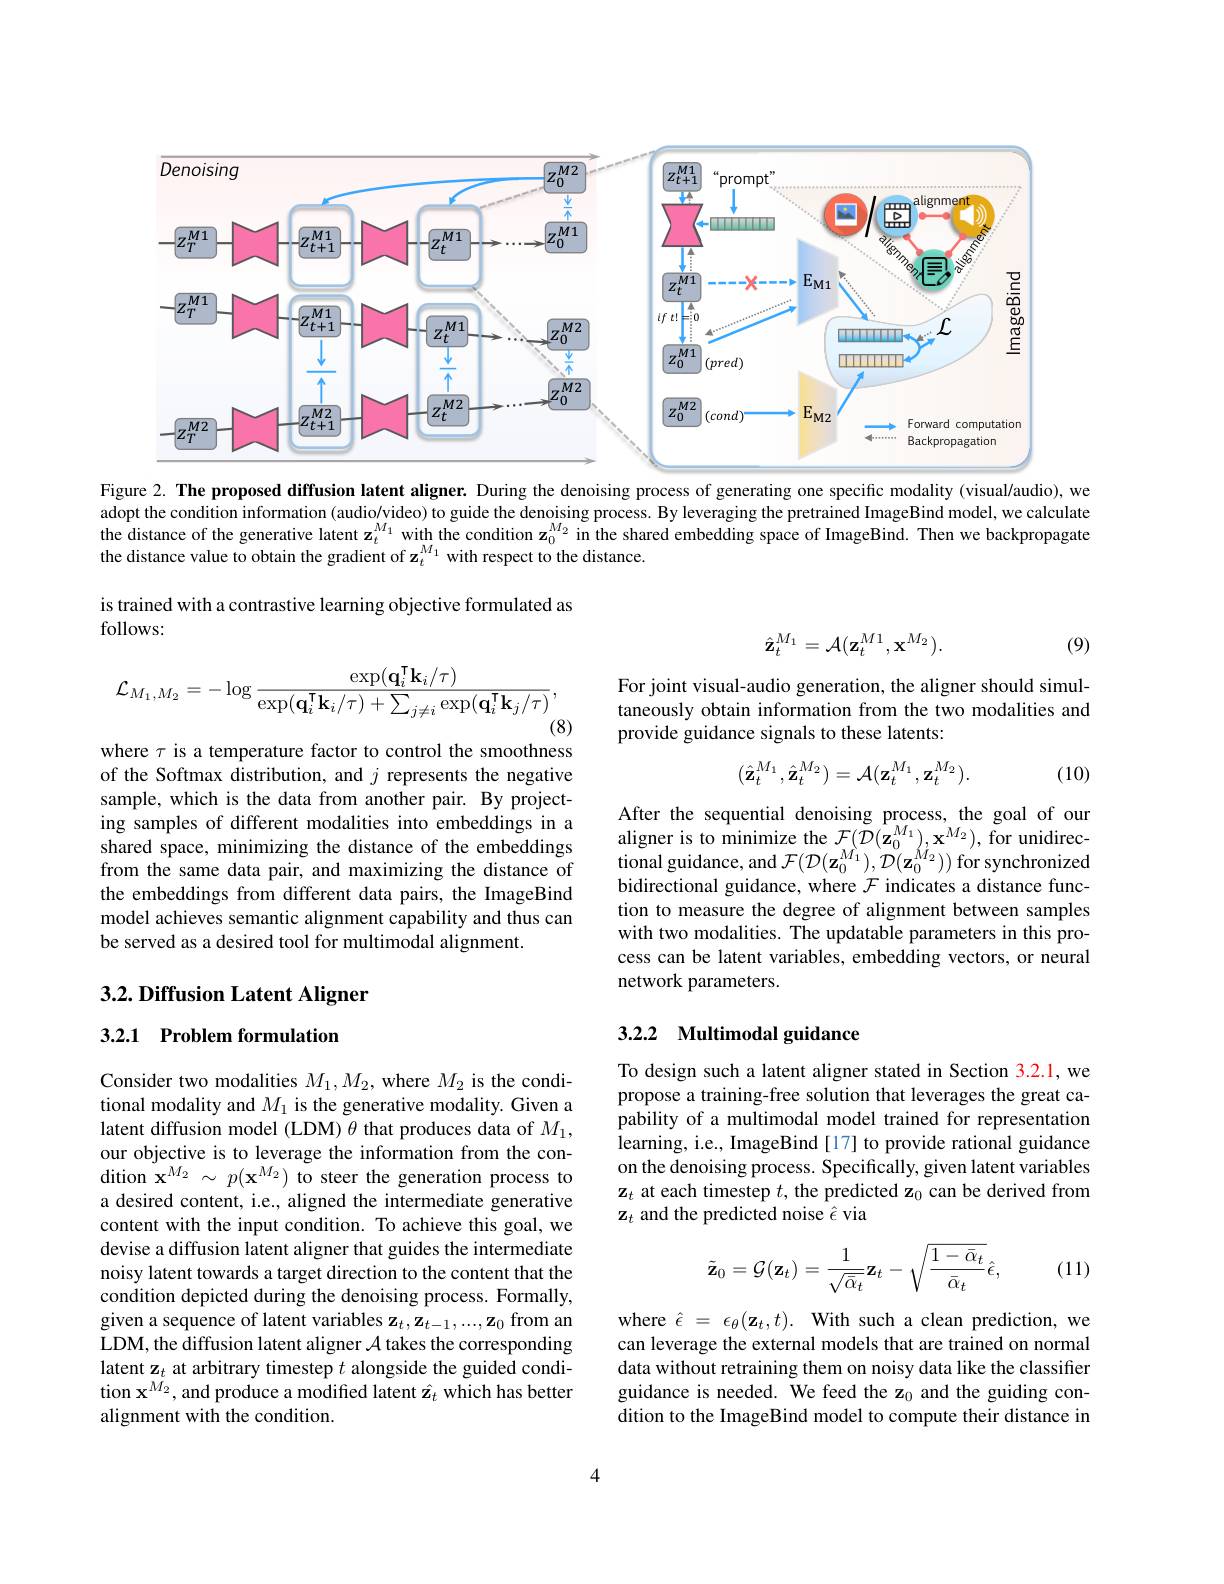
<FigureHere>

Figure 2. The proposed diffusion latent aligner. During the denoising process of generating one specific modality (visual/audio), we adopt the condition information (audio/video) to guide the denoising process. By leveraging the pretrained ImageBind model, we calculate the distance of the generative latent $\mathbf{z}_t^{M_1}$ with the condition $\mathbf{z}_0^{M_2}$ in the shared embedding space of ImageBind. Then we backpropagate the distance value to obtain the gradient of z$_t^{M_1}$ with respect to the distance

is trained with a contrastive learning objective formulated as
follows:
$$\hat{\mathbf{z}}_t^{M_1}=\mathcal{A}(\mathbf{z}_t^{M1},\mathbf{x}^{M_2}).$$
(9)
$$\mathcal{L}_{M_1,M_2}=-\log\frac{\exp(\mathbf{q}_i^\mathsf{T}\mathbf{k}_i/\tau)}{\exp(\mathbf{q}_i^\mathsf{T}\mathbf{k}_i/\tau)+\sum_{j\neq i}\exp(\mathbf{q}_i^\mathsf{T}\mathbf{k}_j/\tau)},$$
(8)

For joint visual-audio generation, the aligner should simultaneously obtain information from the two modalities and provide guidance signals to these latents:

where $\tau$ is a temperature factor to control the smoothness
$$(\hat{\mathbf{z}}_t^{M_1},\hat{\mathbf{z}}_t^{M_2})=\mathcal{A}(\mathbf{z}_t^{M_1},\mathbf{z}_t^{M_2}).$$
(10)

of the Softmax distribution, and $j$ represents the negative sample, which is the data from another pair. By projecting samples of different modalities into embeddings in a shared space, minimizing the distance of the embeddings from the same data pair, and maximizing the distance of the embeddings from different data pairs, the ImageBind model achieves semantic alignment capability and thus can be served as a desired tool for multimodal alignment.

After the sequential denoising process, the goal of our aligner is to minimize the $\mathcal{F}(\mathcal{D}(\mathbf{z}_{0}^{M_{1}}),\mathbf{x}^{M_{2}})$, for unidirectional guidance, and $\mathcal{F}(\mathcal{D}(\mathbf{z}_0^{M_1}),\mathcal{D}(\mathbf{z}_0^{M_2}))$ for synchronized bidirectional guidance, where $\mathcal{F}$ indicates a distance function to measure the degree of alignment between samples with two modalities. The updatable parameters in this process can be latent variables, embedding vectors, or neural network parameters.

# 3.2. Diffusion Latent Aligner

3.2.1 Problem formulation

## 3.2.2 Multimodal guidance

To design such a latent aligner stated in Section 3.2.1, we propose a training-free solution that leverages the great capability of a multimodal model trained for representation learning, i.e., ImageBind [17] to provide rational guidance on the denoising process. Specifically, given latent variables $\mathbf{z}_t$ at each timestep $t$, the predicted z$_0$ can be derived from $\mathbf{z}_t$ and the predicted noise $\hat{\epsilon}$ via

Consider two modalities $M_1,M_2$, where $M_2$ is the conditional modality and $M_1$ is the generative modality. Given a latent diffusion model (LDM) $\theta$ that produces data of $M_1$, our objective is to leverage the information from the condition $\mathbf{x}^{M_{2}}\sim p(\mathbf{x}^{M_{2}})$ to steer the generation process to a desired content, i.e., aligned the intermediate generative content with the input condition. To achieve this goal, we devise a diffusion latent aligner that guides the intermediate noisy latent towards a target direction to the content that the condition depicted during the denoising process. Formally, given a sequence of latent variables $\mathbf{z}_t,\mathbf{z}_{t-1},...,\mathbf{z}_0$ from an LDM, the diffusion latent aligner $\mathcal{A}$ takes the corresponding latent $\mathbf{z}_t$ at arbitrary timestep $t$ alongside the guided condition $\mathbf{x}^{\dot{M}_{2}}$,and produce a modified latent $\hat{\mathbf{z}}_{t}$ which has better alignment with the condition.
$$\tilde{\mathbf{z}}_0=\mathcal{G}(\mathbf{z}_t)=\frac{1}{\sqrt{\bar{\alpha}_t}}\mathbf{z}_t-\sqrt{\frac{1-\bar{\alpha}_t}{\bar{\alpha}_t}}\hat{\epsilon},$$
(11)

where $\hat{\epsilon } = \epsilon _{\theta }( \mathbf{z} _{t}, t) .$ With such a clean prediction, we can leverage the external models that are trained on normal data without retraining them on noisy data like the classifier guidance is needed. We feed the z$_0$ and the guiding condition to the ImageBind model to compute their distance in

4